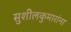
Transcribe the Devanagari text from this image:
सुशीलकुमारांना